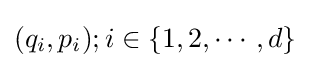
(q_{i},p_{i});i\in \{1,2,\cdots ,d\}